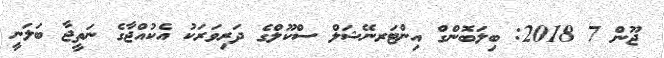
ޖޫން 7 2018: ބިލަބޮންގް އިންޓަރނޭޝަލް ސްކޫލްގެ ދަރިވަރަކު އެކުއްޖާގެ ނަތީޖާ ބަލަނީ